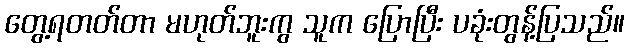
တွေ့ရတတ်တာ မဟုတ်ဘူးကွ သူက ပြောပြီး ပခုံးတွန့်ပြသည်။